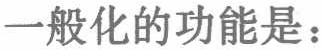
一般化的功能是：